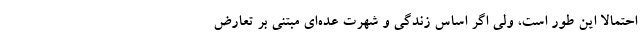
احتمالا این طور است، ولی اگر اساس زندگی و شهرت عده‌ای مبتنی بر تعارض